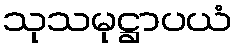
သုသမုဋ္ဌာပယံ